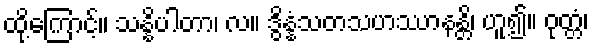
ထို့ကြောင့်။ သန္နိပါတာ၊ လ။ ဒွိန္နံသတသဟဿာနန္တိ၊ ဟူ၍။ ဝုတ္တံ၊